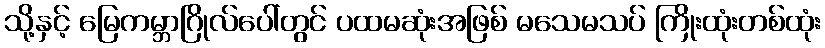
သို့နှင့် မြေကမ္ဘာဂြိုလ်ပေါ်တွင် ပထမဆုံးအဖြစ် မသေမသပ် ကြိုးထုံးတစ်ထုံး